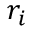
r _ { i }